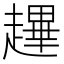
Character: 䟆